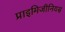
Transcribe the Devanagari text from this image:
प्राइमिजीनियस